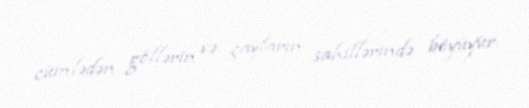
cümlədən göllərin və çayların sahillərində böyüyür.